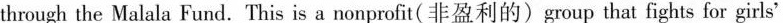
through the Malala Fund. This is a nonprofit(非盈利的)group that fights for girls'